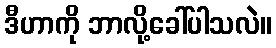
ဒီဟာကို ဘာလို့ခေါ်ပါသလဲ။